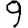
Digit: 9